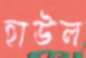
হাউল